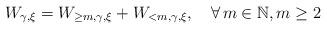
LaTeX: \begin{align*}W_{\gamma,\xi}=W_{\geq m,\gamma,\xi}+W_{<m,\gamma,\xi},\quad\forall\, m\in\mathbb{N}, m\geq 2\end{align*}